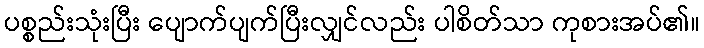
ပစ္စည်းသုံးပြီး ပျောက်ပျက်ပြီးလျှင်လည်း ပါစိတ်သာ ကုစားအပ်၏။